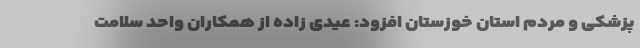
پزشکی و مردم استان خوزستان افزود: عیدی زاده از همکاران واحد سلامت